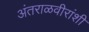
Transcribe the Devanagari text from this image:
अंतराळवीरांशी